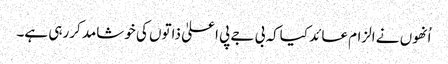
اُنھوں نے الزام عائد کیاکہ بی جے پی اعلیٰ ذاتوں کی خوشامد کررہی ہے۔